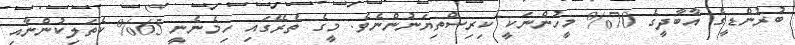
ބުރުންޑީގެ އާބާދީގެ 70% މީހުންނަކީ ކިރިސްތިޔަނުންނެވެ. މީގެ ތެރޭގައި ހިމެނެނީ 65% ކެތަލިކުންނާއި